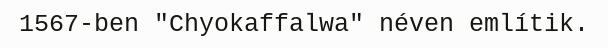
1567-ben "Chyokaffalwa" néven említik.